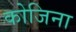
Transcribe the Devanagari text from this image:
कोजिना